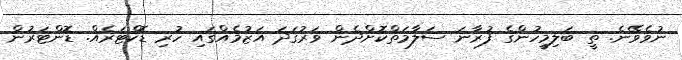
ނުވެވޭނެ. ތީ ބަލިމީހުންގެ ފުރާނަ ސަލާމަތްކޮށްދެން ވަރުގަދަ އަޒުމެއްގައި ހުރި ޑޮކްޓަރެއް. ޑޮންޓަރުން